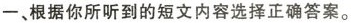
一、根据你所听到的短文内容选择正确答案。